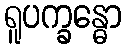
ရူပက္ခန္ဓော